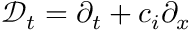
\mathcal { D } _ { t } = \partial _ { t } + c _ { i } \partial _ { x }